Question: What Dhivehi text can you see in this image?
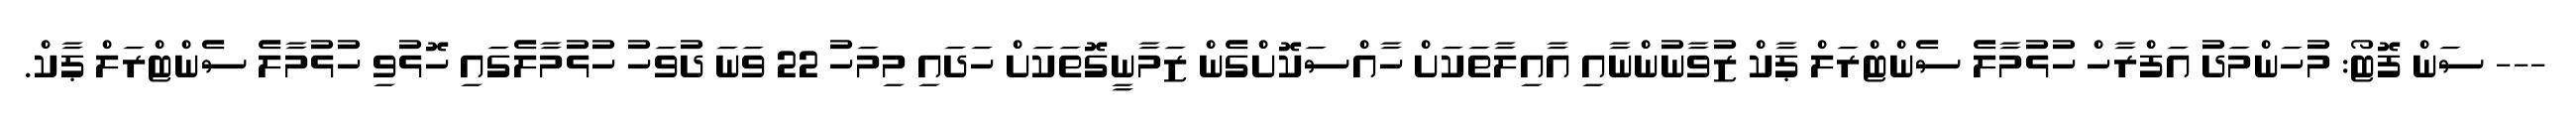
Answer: --- ސަން ފޮޓޯ: މުހަންމަދު އަފްރާހް ހުޅުމާލެ ސެންޓްރަލް ޕާކް ޒުވާނުންނާއި އާއިލާތަކަށް ހާއްސަކޮށްގެން ޒަމާނީގޮތަކަށް ހަދައި މިމަހު 22 ވަނަ ދުވަހު ހުޅުމާލެގައި ހޮޅުވި ހުޅުމާލެ ސެންޓްރަލް ޕާކް.